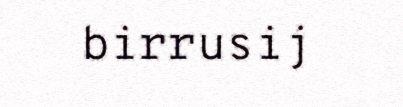
birrusij